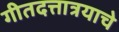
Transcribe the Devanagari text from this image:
गीतदत्तात्रयाचे